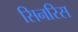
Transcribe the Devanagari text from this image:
सिनरिस